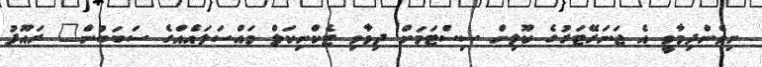
ނިވެންދިމާވީ އެ ޖަނަރޭޓަރުގެ ކޫލިން ސިސްޓަމަށް ދިމާވި ޓެކްނިކަލް މައްސަލައެއްގެ ސަބަބުން" ރައޫފު